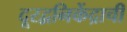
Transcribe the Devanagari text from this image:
दूरद्वनिकेंद्राची